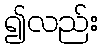
၍လည်း